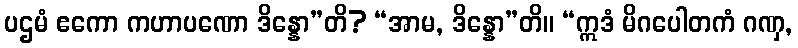
ပဌမံ ဧကော ကဟာပဏော ဒိန္နော”တိ? “အာမ, ဒိန္နော”တိ။ “ဣဒံ မိဂပေါတကံ ဂဏှ,